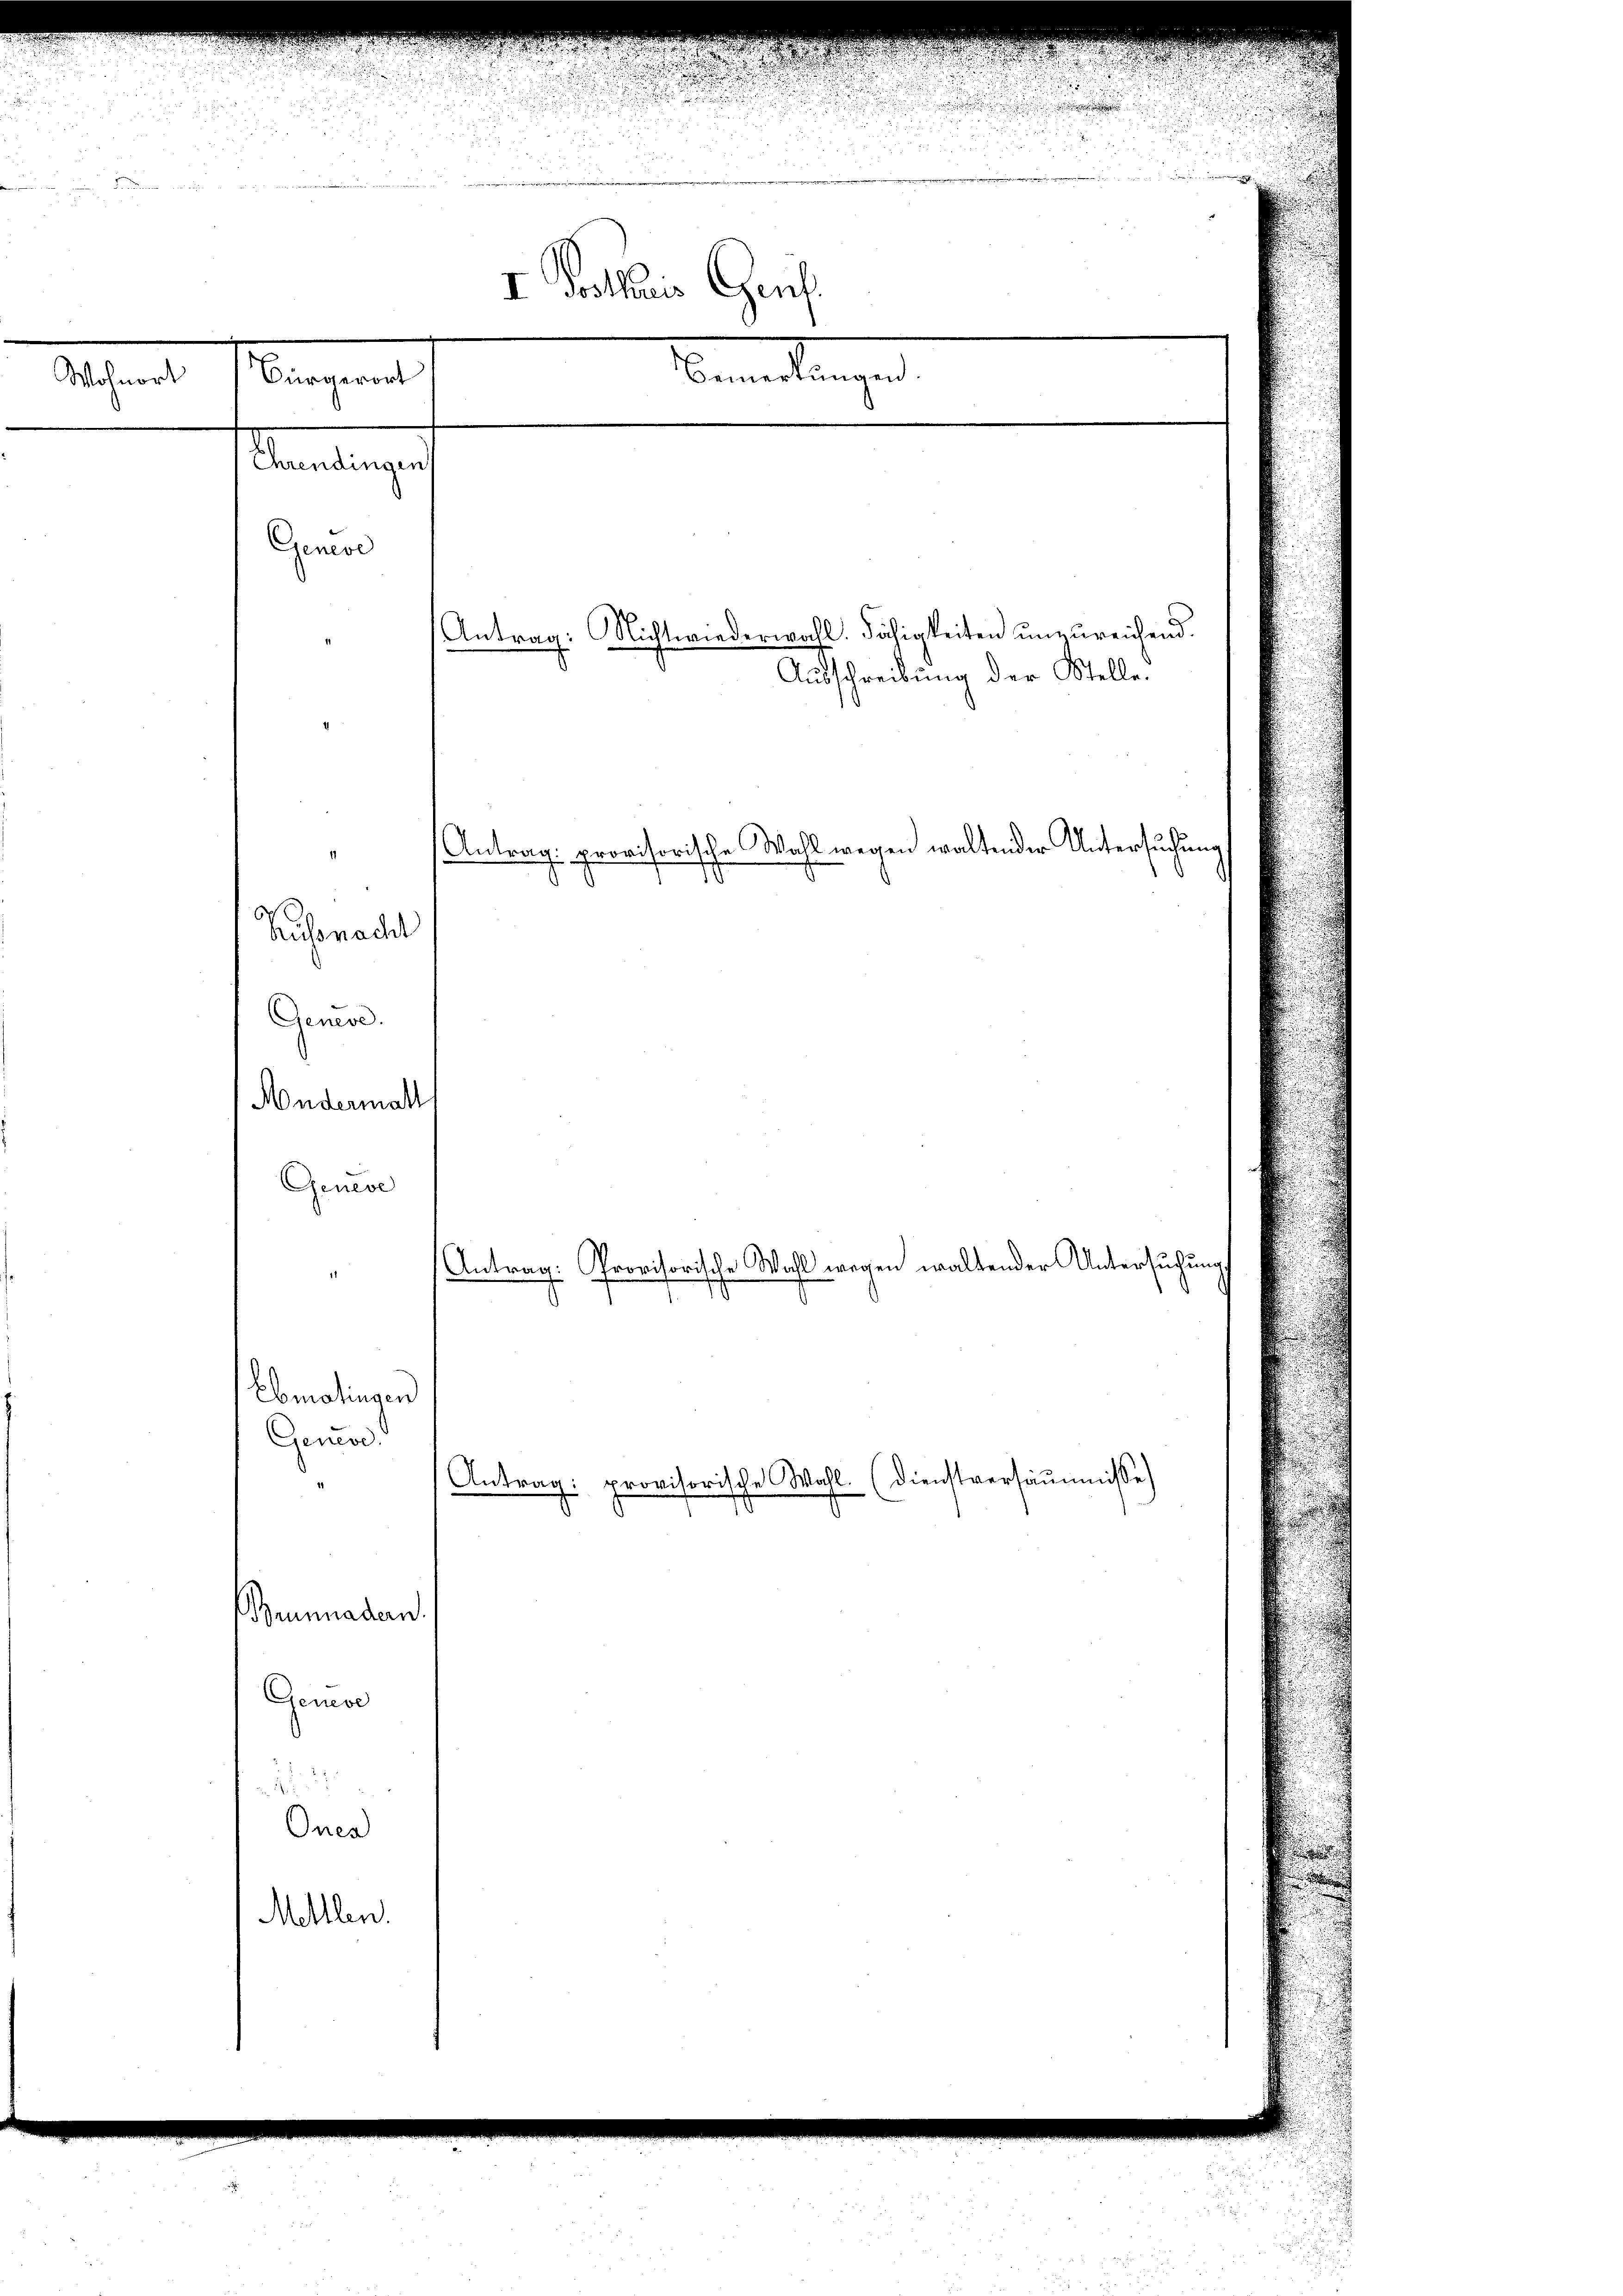
.
ues d

e

I Wallis Genf
Bemerkungen
Bürgerort
Wohnort
Samlungef
Genere

Ausschreibung der Stelle.
Russnacht
Genere.
Andermall
Geneve
Antrag: Provisorische Wahl wegen waltender Untersuchung
1
Ebmatingen
Geneve
Antrag: provisorische Wahl. (Dienstversäumnisse
Bunnadern.
Geneve
z
Onen
Melllen.

Antrag: Nichtwiederwahl. Fähigkeiten unzureichend.
Antrag: provisorische Wahl wegen waltender Untersuchung